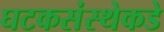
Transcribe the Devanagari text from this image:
घटकसंस्थेकडे